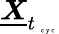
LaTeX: \underline{{\boldsymbol X}}_{t_{\mathrm{~\tiny~c~y~c~}}}